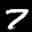
Label: 7